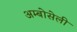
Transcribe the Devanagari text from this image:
अम्बोसेली